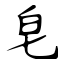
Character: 皂